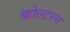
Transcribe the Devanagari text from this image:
कोल्टरन